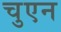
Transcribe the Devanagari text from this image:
चुएन